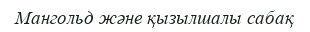
Мангольд және қызылшалы сабақ